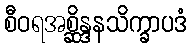
စီဝရအစ္ဆိန္ဒနသိက္ခာပဒံ